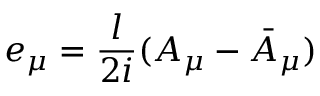
e _ { \mu } = { \frac { l } { 2 i } } ( A _ { \mu } - \bar { A } _ { \mu } )